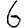
Digit: 6